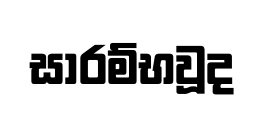
සාරම්භවූද